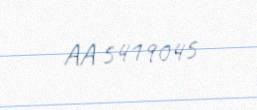
AA 5419045